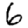
Digit: 6